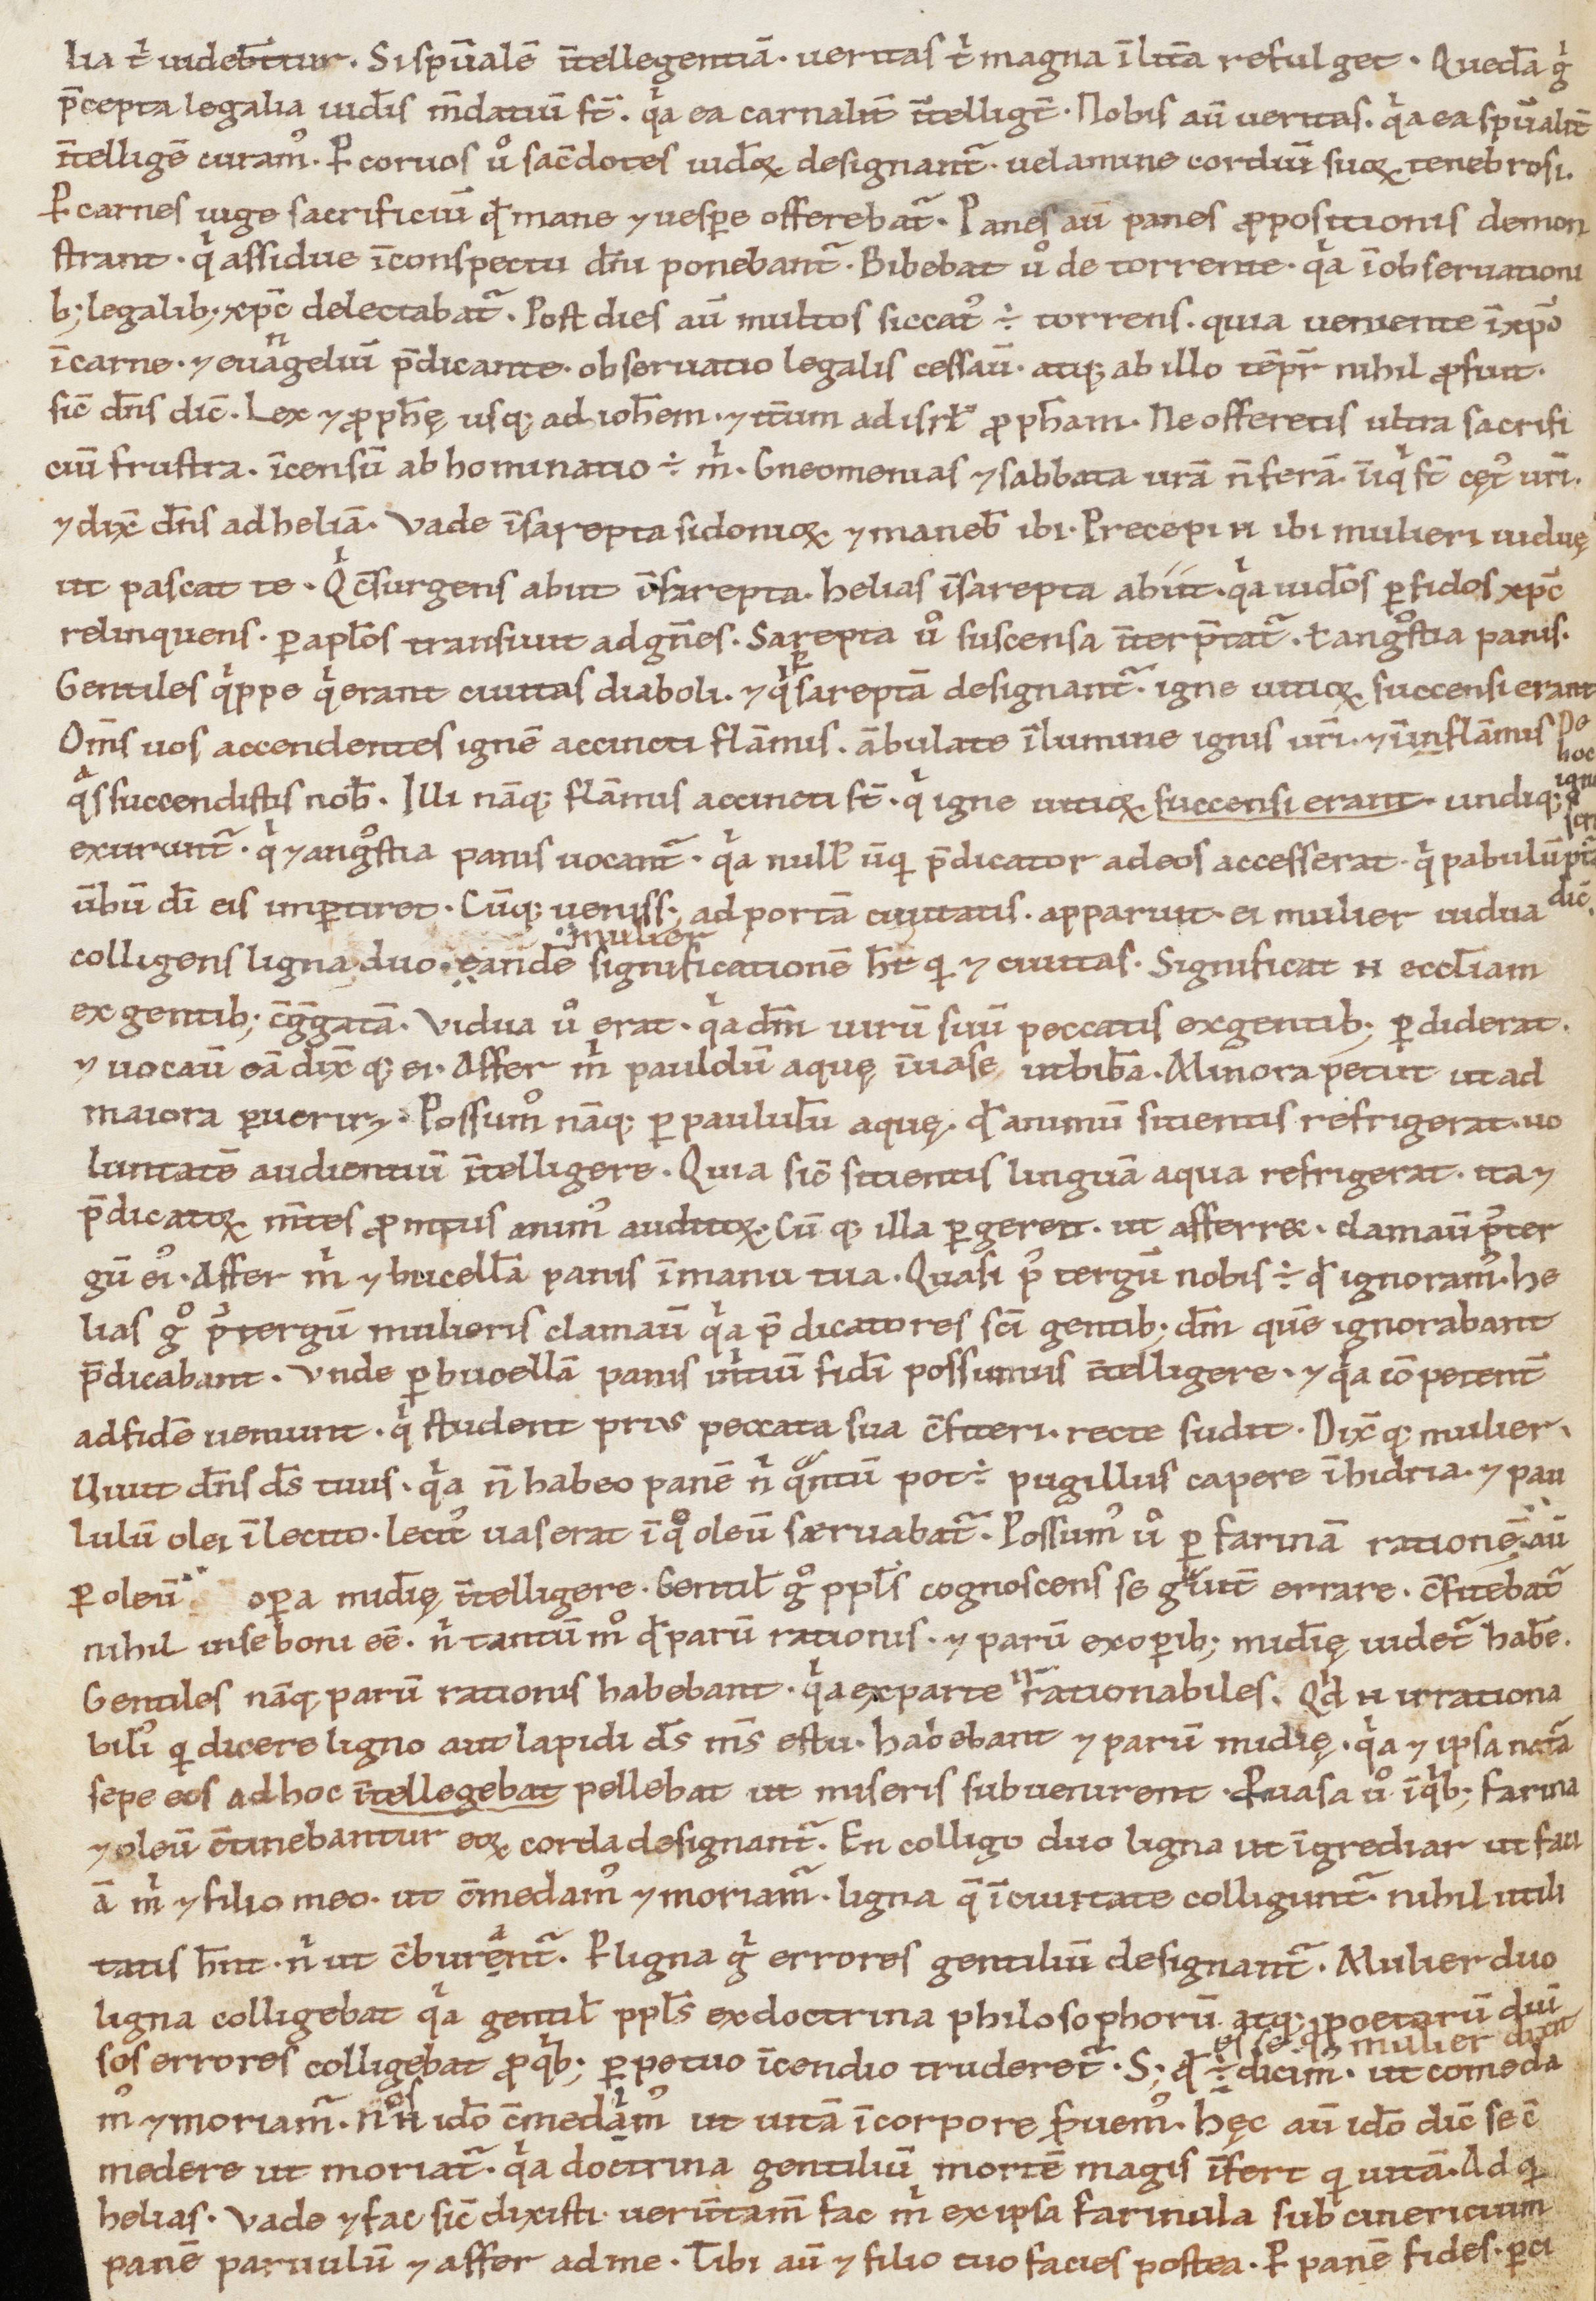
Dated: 1100–1199